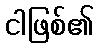
ငါဖြစ်၏